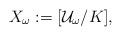
LaTeX: \begin{align*}X_\omega:=[\mathcal U_\omega/K],\end{align*}